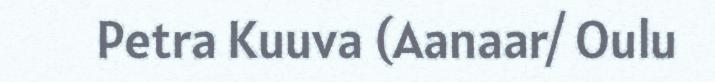
Petra Kuuva (Aanaar/ Oulu